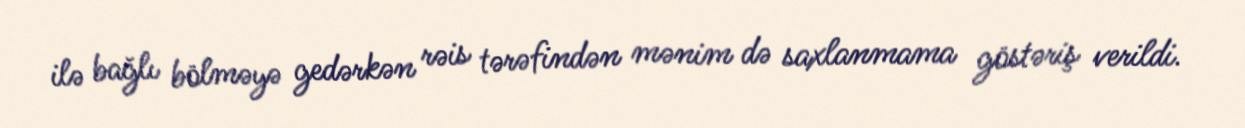
ilə bağlı bölməyə gedərkən rəis tərəfindən mənim də saxlanmama göstəriş verildi.